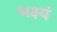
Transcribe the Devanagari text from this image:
भक्ष्यं